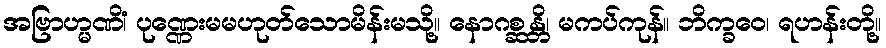
အဗြာဟ္မဏိံ၊ ပုဏ္ဏေးမမဟုတ်သောမိန်းမသို့။ နောဂစ္ဆန္တိ၊ မကပ်ကုန်။ ဘိက္ခဝေ၊ ရဟန်းတို့။